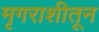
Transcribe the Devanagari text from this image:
मृगराशीतून